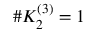
\# K _ { 2 } ^ { ( 3 ) } = 1